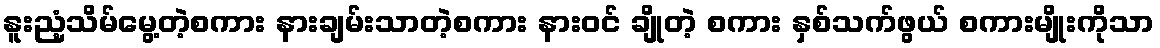
နူးညံ့သိမ်မွေ့တဲ့စကား နားချမ်းသာတဲ့စကား နားဝင် ချိုတဲ့ စကား နှစ်သက်ဖွယ် စကားမျိုးကိုသာ